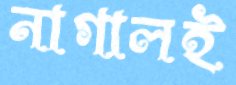
নাগালই